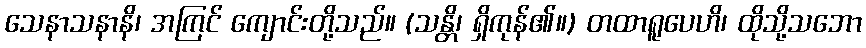
သေနာသနာနိ၊ အကြင် ကျောင်းတို့သည်။ (သန္တိ၊ ရှိကုန်၏။) တထာရူပေဟိ၊ ထိုသို့သဘော